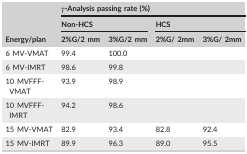
| <ROWSPAN=3> Energy/plan | <COLSPAN=4> γ‐Analysis passing rate (%) |
 | <COLSPAN=2> Non‐HCS | <COLSPAN=2> HCS |
 | 2%G/2 mm | 3%G/2 mm | 2%G/ 2mm | 3%G/ 2mm |
 | --- | --- | --- | --- | --- |
 | 6 MV‐VMAT | 99.4 | 100.0 |  |  |
 | 6 MV‐IMRT | 98.6 | 99.8 |  |  |
 | 10 MVFFF‐VMAT | 93.9 | 98.9 |  |  |
 | 10 MVFFF‐IMRT | 94.2 | 98.6 |  |  |
 | 15 MV‐VMAT | 82.9 | 93.4 | 82.8 | 92.4 |
 | 15 MV‐IMRT | 89.9 | 96.3 | 89.0 | 95.5 |